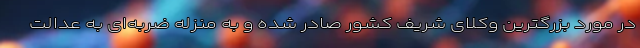
در مورد بزرگترین وکلای شریف کشور صادر شده و به منزله ضربه‌ای به عدالت